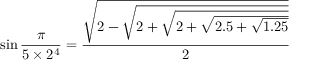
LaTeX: \sin { \frac { \pi } { 5 \times 2 ^ { 4 } } } = { \frac { \sqrt { 2 - { \sqrt { 2 + { \sqrt { 2 + { \sqrt { 2 . 5 + { \sqrt { 1 . 2 5 } } } } } } } } } } { 2 } }